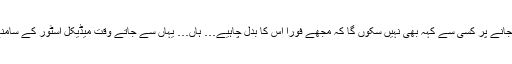
اس لیے ایک ٹیوشن چھُٹ جانے پر کسی سے کہہ بھی نہیں سکوں گا کہ مجھے فوراً اس کا بدل چاہیے… ہاں… یہاں سے جاتے وقت میڈیکل اسٹور کے سامنے سے ضرور گزروں گا۔